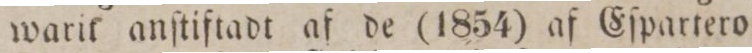
warik anſtiftadt af de (1854) af Eſpartero